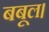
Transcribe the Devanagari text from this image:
बबूल।